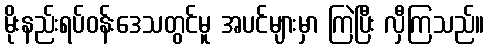
မိုးနည်းရပ်ဝန်းဒေသတွင်မူ အပင်များမှာ ကြဲပြီး လှီကြသည်။